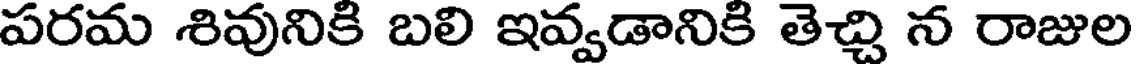
పరమ శివునికి బలి ఇవ్వడానికి తెచ్చి న రాజుల